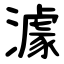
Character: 澽